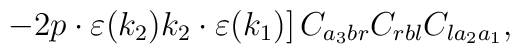
\left .- 2p \cdot \varepsilon(k_{2}) k_{2} \cdot \varepsilon(k_{1}) \right] C_{a_{3}br} C_{rbl} C_{la_{2}a_{1}},